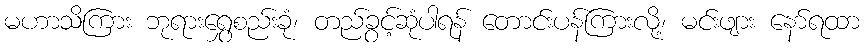
မဟာသိကြား ဘုရားရွှေစည်းခုံ၊ တည်ခွင့်ဆုံပါရန် တောင်းပန်ကြားလို့၊ မင်းဖျား နော်ရထာ